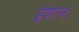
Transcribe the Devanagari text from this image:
ईशानः